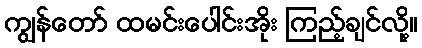
ကျွန်တော် ထမင်းပေါင်းအိုး ကြည့်ချင်လို့။